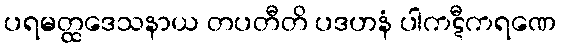
ပရမတ္ထဒေသနာယ တပတီတိ ပဒဟနံ ပါကဋီကရဏေ